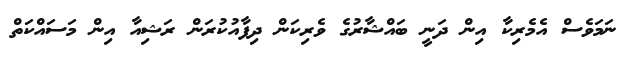
ނަމަވެސް އެމެރިކާ އިން ދަނީ ބައްޝާރުގެ ވެރިކަން ދިފާއުކުރަން ރަޝިއާ އިން މަސައްކަތް